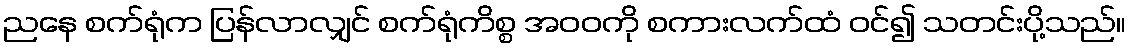
ညနေ စက်ရုံက ပြန်လာလျှင် စက်ရုံကိစ္စ အဝဝကို စကားလက်ထံ ဝင်၍ သတင်းပို့သည်။